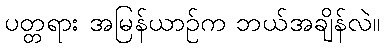
ပတ္တရား အမြန်ယာဉ်က ဘယ်အချိန်လဲ။